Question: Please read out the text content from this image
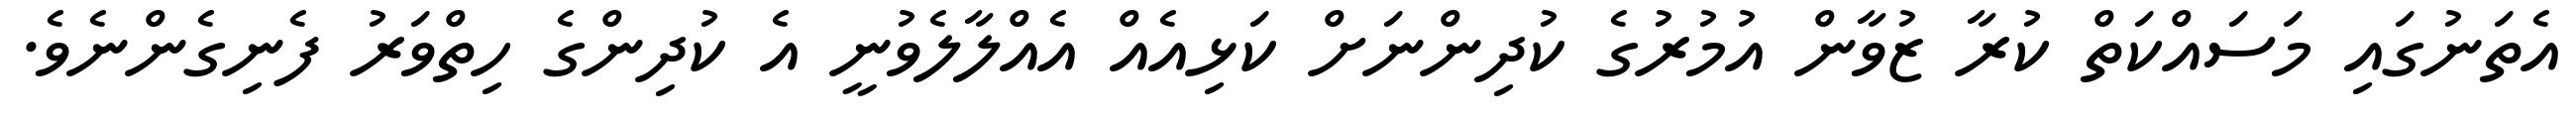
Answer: އެތަނުގައި މަސައްކަތް ކުރާ ޒުވާން އުމުރުގެ ކުދިންނަށް ކަޅިއެއް އެއްލާލެވުނީ އެ ކުދިންގެ ހިތްވަރު ފެނިގެންނެވެ.